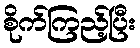
စိုက်ကြည့်ပြီး